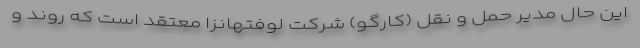
این حال مدیر حمل و نقل (کارگو) شرکت لوفتهانزا معتقد است که روند و